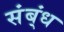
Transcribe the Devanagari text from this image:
संब्ंध